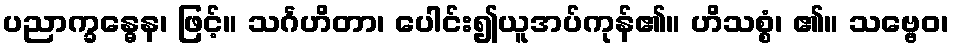
ပညာက္ခန္ဓေန၊ ဖြင့်။ သင်္ဂဟိတာ၊ ပေါင်း၍ယူအပ်ကုန်၏။ ဟိသစ္စံ၊ ၏။ သဗ္ဗေဝ၊